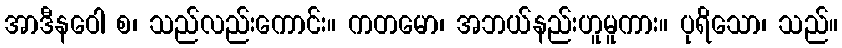
အာဒီနဝေါ စ၊ သည်လည်းကောင်း။ ကတမော၊ အဘယ်နည်းဟူမူကား။ ပုရိသော၊ သည်။